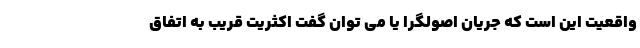
واقعیت این است که جریان اصولگرا یا می توان گفت اکثریت قریب به اتفاق